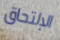
الإلتحاق